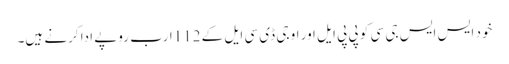
خود ایس ایس جی سی کو پی پی ایل اور او جی ڈی سی ایل کے 112ارب روپے ادا کرنے ہیں۔